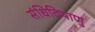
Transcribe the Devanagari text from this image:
संधिविषाणु